Lunatic asylums Burma 1907-21 - 1907-1921
Year: 1907
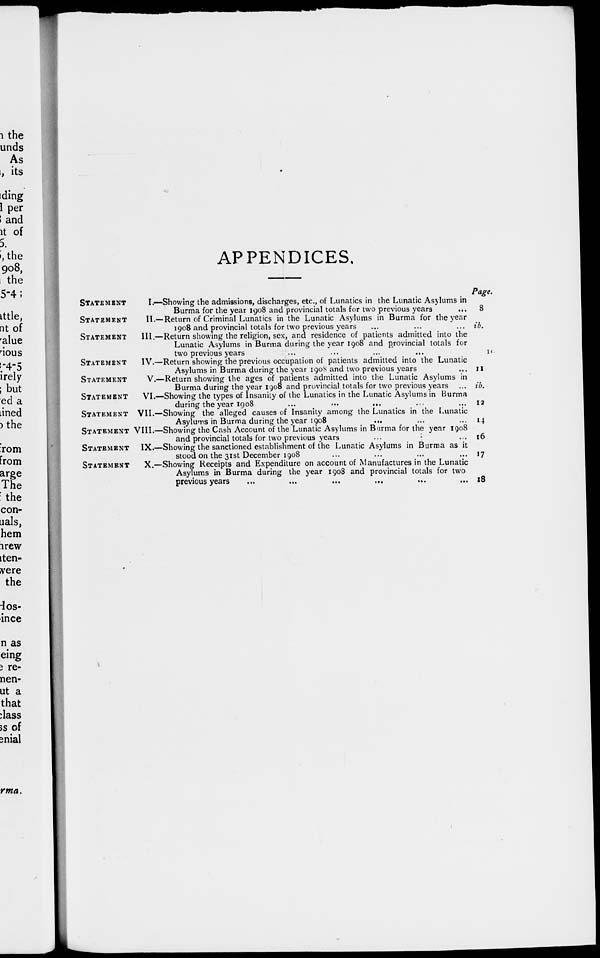
APPENDICES,
STATEMENT
I.—Showing the admissions, discharges, etc., of Lunatics in the Lunatic Asylums in
Burma for the year 1908 and provincial totals for two previous years
...
STATEMENT
II.—Return of Criminal Lunatics in the Lunatic Asylums in Burma for the year
1908 and provincial totals for two previous years
STATEMENT
III.—Return showing the religion, sex, and residence of patients admitted into the
Lunatic Asylums in Burma during the year 1908 and provincial totals for
two previous years
STATEMENT
IV.—Return showing the previous occupation of patients admitted into the Lunatic
Asylums in Burma during the year 1908 and two previous years
STATEMENT
V.—Return showing the ages of patients admitted into the Lunatic Asylums in
Burma during the year 1908 and provincial totals for two previous years
STATEMENT
VI.—Showing the types of Insanity of the Lunatics in the Lunatic Asylums in Burma
during the year 1908
...
...
...
STATEMENT VII.—Showing the alleged causes of Insanity among the Lunatics in the Lunatic
Asylums in Burma during the year 1908
...
STATEMENT VIII.—Showing the Cash Account of the Lunatic Asylums in Burma for the year 1908
and provincial totals for two previous years
STATEMENT
IX.—Showing the sanctioned establishment of the Lunatic Asylums in Burma as it
stood on the 31st December 1908
STATEMENT
X.—Showing Receipts and Expenditure on account of Manufactures in the Lunatic
Asylums in Burma during the year 1908 and provincial totals for two
previous years
...
...
...
...
...
Page.
8
ib.
10
II
ib.
12
14
16
17
18